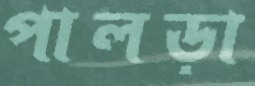
পালড়া